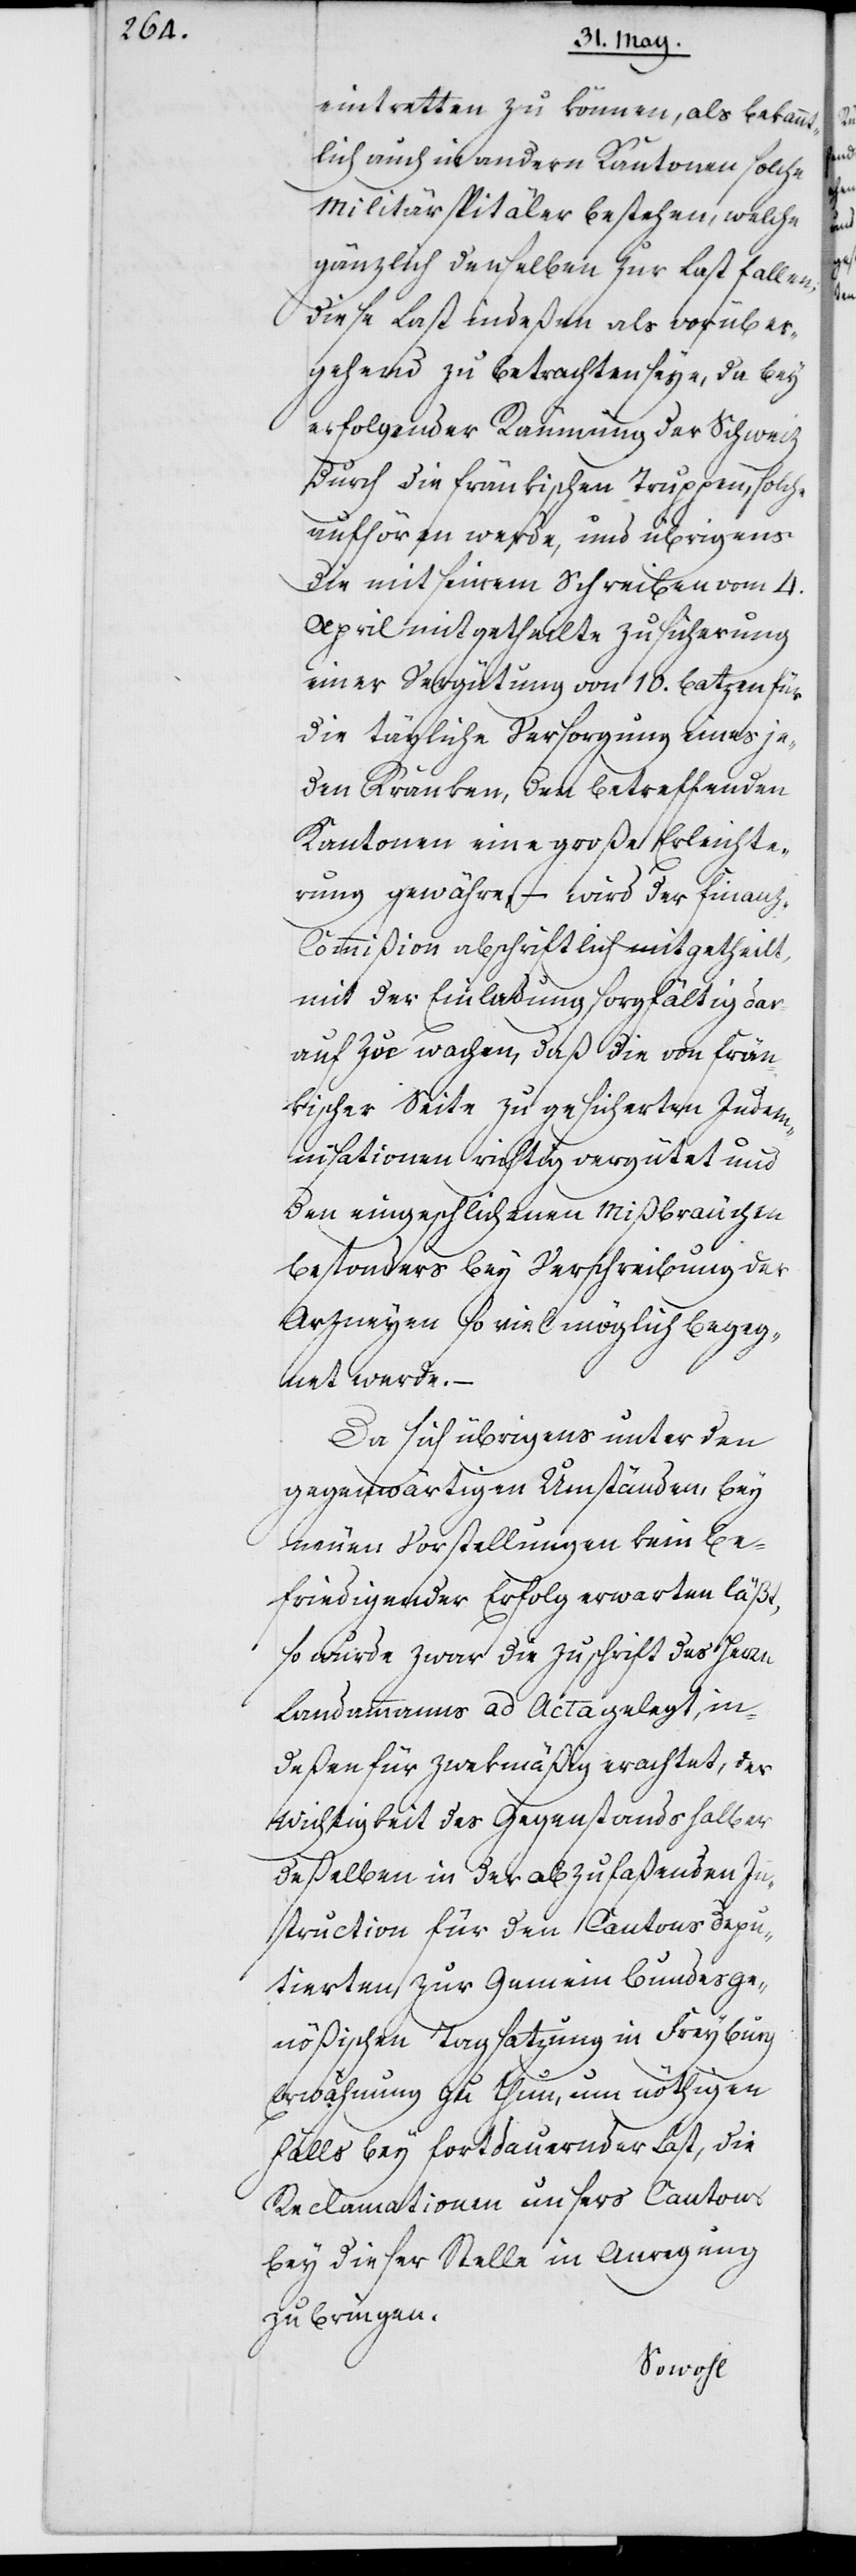
eintretten zu können, als bekannt¬
lich auch in andern Kantonen solche
Militärspitäler bestehen, welche
gänzlich denselben zur Last fallen;
diese Last indeßen als vorüber¬
gehend zu betrachten seye, da bey
erfolgender Räumung der Schweiz
durch die fränkischen Truppen solche
aufhören werde, und übrigens
die mit seinem Schreiben vom 4.
April mitgetheilte Zusicherung
einer Vergütung von zehn Batzen für
die tägliche Versorgung eines je¬
den Kranken, den betreffenden
Kantonen eine große Erleichte¬
rung gewähre, – wird der Finanz¬
kommißion abschriftlich mitgetheilt,
mit der Einladung, sorgfältig dar¬
auf zu wachen, daß die von Frän¬
kischer Seite zugesicherten Indem¬
nisationen richtig vergütet und
den eingeschlichenen Mißbräuchen,
besonders bey Verschreibung der
Arzneyen, so viel möglich begeg¬
net werde. –
Da sich übrigens unter den
gegenwärtigen Umständen bey
neuen Vorstellungen kein be¬
friedigender Erfolg erwarten läßt,
so wurde zwar die Zuschrift des Herrn
Landammanns ad Acta gelegt, in¬
deßen für zwekmäßig erachtet, der
Wichtigkeit des Gegenstands halber
deßelben in der abzufaßenden In¬
struction für den Cantons Depu¬
tierten zur Gemein Bundesge¬
nößischen Tagsatzung in Freyburg
Erwähnung zu thun, um nöthigen
Falls bey fortdauernder Last, die
Reclamationen unsers Cantons
bey dieser Stelle in Anregung
zu bringen.